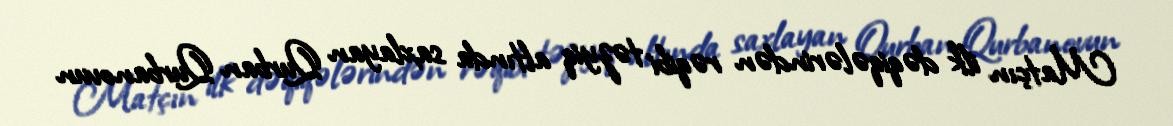
Matçın ilk dəqiqələrindən rəqibi təzyiq altında saxlayan Qurban Qurbanovun